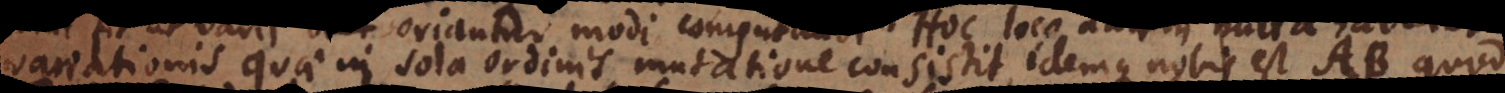
variationis quae in sola ordinis mutatione consistit, idemque nobis est AB quod